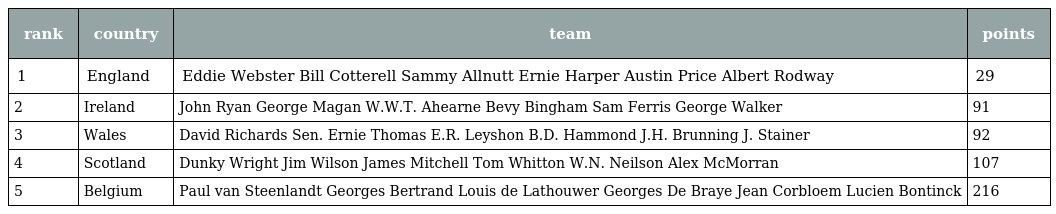
| rank | country | team | points |
 | --- | --- | --- | --- |
 | 1 | England | Eddie Webster Bill Cotterell Sammy Allnutt Ernie Harper Austin Price Albert Rodway | 29 |
 | 2 | Ireland | John Ryan George Magan W.W.T. Ahearne Bevy Bingham Sam Ferris George Walker | 91 |
 | 3 | Wales | David Richards Sen. Ernie Thomas E.R. Leyshon B.D. Hammond J.H. Brunning J. Stainer | 92 |
 | 4 | Scotland | Dunky Wright Jim Wilson James Mitchell Tom Whitton W.N. Neilson Alex McMorran | 107 |
 | 5 | Belgium | Paul van Steenlandt Georges Bertrand Louis de Lathouwer Georges De Braye Jean Corbloem Lucien Bontinck | 216 |